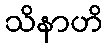
သိနာဟိ